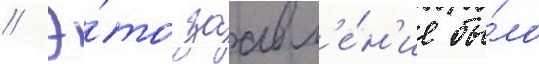
// Э́то заавл'е́н'ие бы́ло